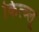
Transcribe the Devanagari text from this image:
कित्च्लू